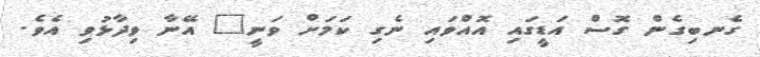
ގެނބިގެން ގޮސް އަޑީގައި އޮއްވައި ނެގި ކަމަށް ވަނީ" އޭނާ ވިދާޅުވި އެވެ.